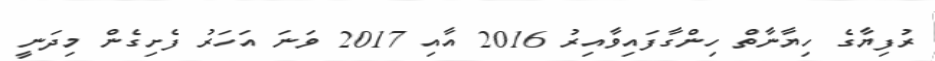
ރުފިޔާގެ ހިޔާނާތް ހިންގާފައިވާއިރު 2016 އާއި 2017 ވަނަ އަހަރު ފެށިގެން މިދަނީ